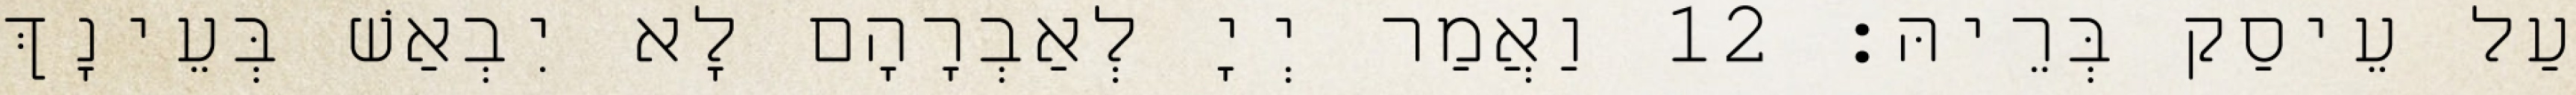
עַל עֵיסַק בְּרֵיהּ׃ 12 וַאֲמַר יְיָ לְאַבְרָהָם לָא יִבְאַשׁ בְּעֵינָךְ